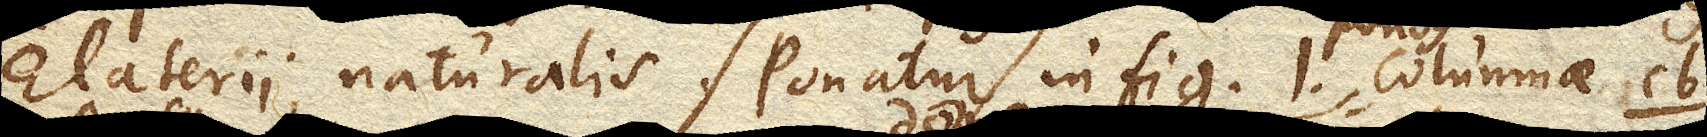
Elaterii naturalis. Ponatur in fig. 1. pondus columnae cb.